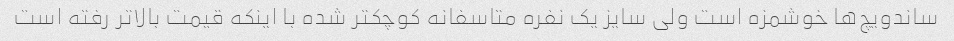
ساندویچ‌ها خوشمزه است ولی سایز یک نفره متاسفانه کوچکتر شده با اینکه قیمت بالاتر رفته است